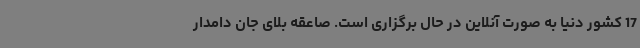
17 کشور دنیا به صورت آنلاین در حال برگزاری است. صاعقه بلای جان دامدار